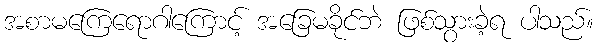
အစာမကြေရောဂါကြောင့် အခြေမခိုင်ဘဲ ဖြစ်သွားခဲ့ရ ပါသည်။